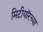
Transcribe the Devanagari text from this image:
मिटीयॉरच्या